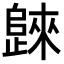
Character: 𣦨